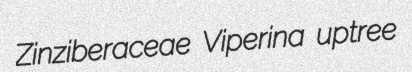
Zinziberaceae Viperina uptree